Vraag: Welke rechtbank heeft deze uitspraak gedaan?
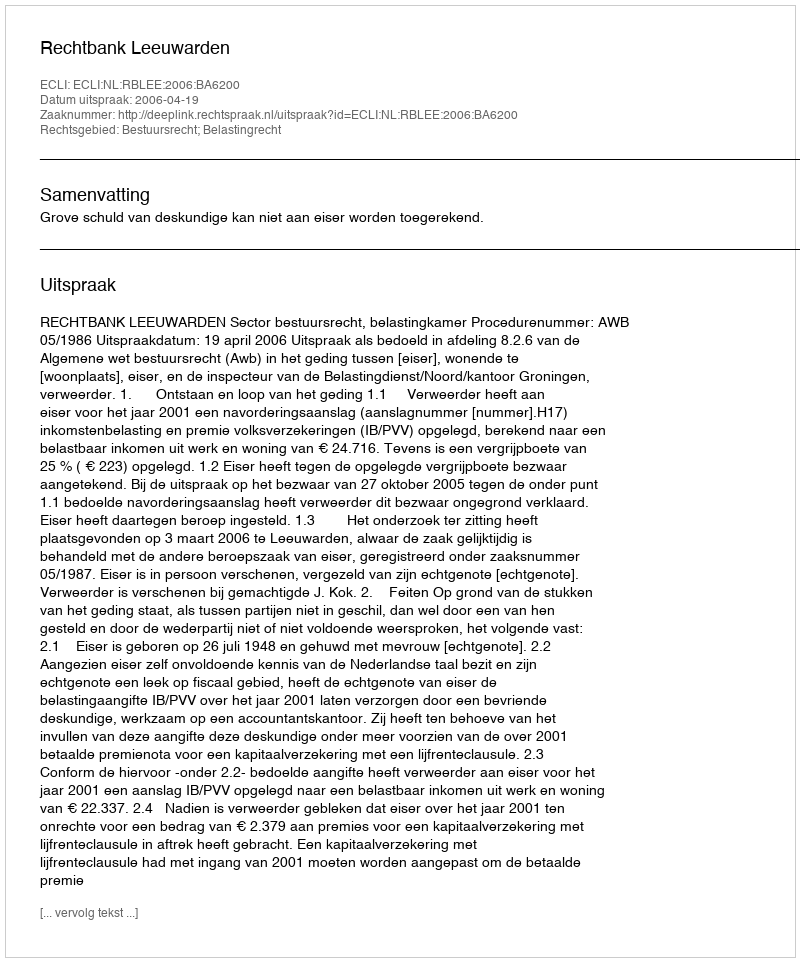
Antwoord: Rechtbank Leeuwarden